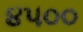
૪૫૦૦